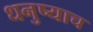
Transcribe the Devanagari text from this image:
धनुष्याच